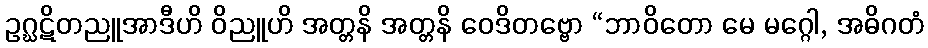
ဥဂ္ဃဋိတညူအာဒီဟိ ဝိညူဟိ အတ္တနိ အတ္တနိ ဝေဒိတဗ္ဗော “ဘာဝိတော မေ မဂ္ဂေါ, အဓိဂတံ